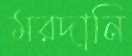
মরদানি